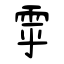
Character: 雽